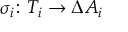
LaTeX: \sigma _ { i } \colon T _ { i } \rightarrow \Delta A _ { i }